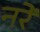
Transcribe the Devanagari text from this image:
नरें